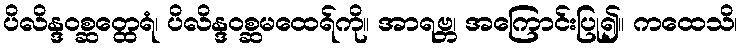
ပိလိန္ဒဝစ္ဆတ္ထေရံ၊ ပိလိန္ဒဝစ္ဆမထေရ်ကို။ အာရဗ္ဘ၊ အကြောင်းပြု၍။ ကထေသိ၊